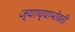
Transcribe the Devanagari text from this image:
ज्याच्याभोवती